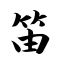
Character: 笛